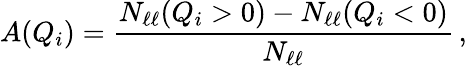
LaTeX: A(Q_{i})=\frac{N_{\ell\ell}(Q_{i}>0)-N_{\ell\ell}(Q_{i}<0)}{N_{\ell\ell}}\, ,